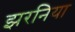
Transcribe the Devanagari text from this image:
झरनिया